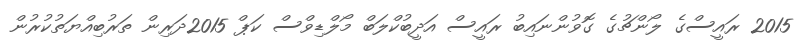
2015 ރައީސްގެ ލޯންޗުގެ ގޮވުންނައިބު ރައީސް އަދީބުކްލަބް މޯލްޑިވްސް ކަޕް 2015ދަރިން ތަރުބިއްޔަތުކުރުން